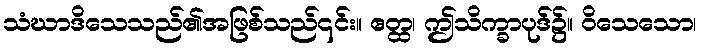
သံဃာဒိသေသည်၏အဖြစ်သည်၎င်း။ ဧတ္ထ၊ ဤသိက္ခာပုဒ်၌။ ဝိသေသော၊